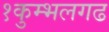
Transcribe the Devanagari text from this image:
१कुम्भलगढ